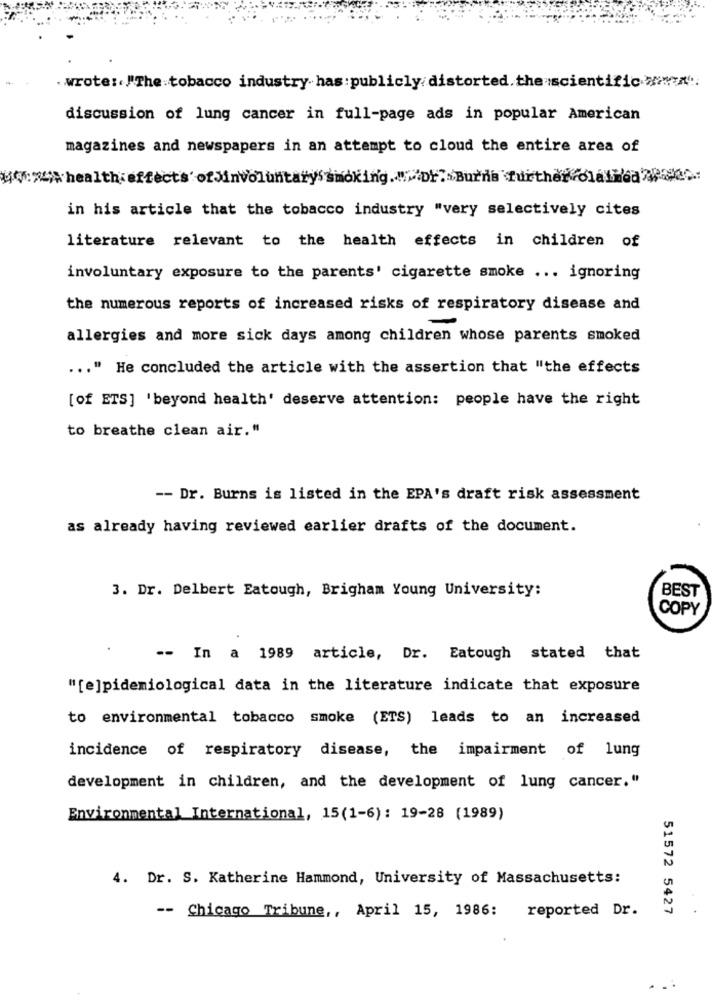
. wrote :. "The tobacco industry has: publicly distorted.the scientific>>>
discussion of lung cancer in full-page ads in popular American
magazines and newspapers in an attempt to cloud the entire area of
UW:> health effects ofJinvoluntaryssmoking." "Dr. Burns further olatHea
in his article that the tobacco industry "very selectively cites
literature relevant to the health effects in children of
involuntary exposure to the parents' cigarette smoke ... ignoring
the numerous reports of increased risks of respiratory disease and
allergies and more sick days among children whose parents smoked
... " He concluded the article with the assertion that "the effects
[of ETS] 'beyond health' deserve attention: people have the right
to breathe clean air."
-- Dr. Burns is listed in the EPA's draft risk assessment
as already having reviewed earlier drafts of the document.
3. Dr. Delbert Eatough, Brigham Young University:
BEST
COPY
-- In a 1989 article, Dr. Eatough stated that
"[e]pidemiological data in the literature indicate that exposure
to environmental tobacco smoke (ETS) leads to an increased
incidence of respiratory disease, the impairment of lung
development in children, and the development of lung cancer."
Environmental International, 15(1-6): 19-28 (1989)
4. Dr. S. Katherine Hammond, University of Massachusetts:
51572 5427
-- Chicago Tribune ,, April 15, 1986: reported Dr.